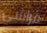
فراشي